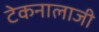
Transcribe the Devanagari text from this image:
टेकनालाजी